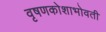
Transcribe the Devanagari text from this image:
वृषणकोशाभोवती